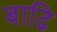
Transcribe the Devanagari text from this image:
बाढि